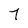
Character: 7